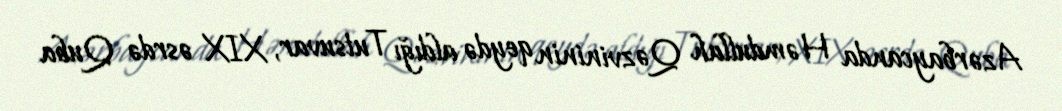
Azərbaycanda Həmdullah Qəzvininin qeydə aldığı Tutsuvar, XIX əsrdə Quba